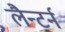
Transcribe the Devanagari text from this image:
लैन्टर्न